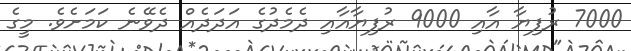
7000 ރުފިޔާ އާއި 9000 ރުފިޔާއާއި ދެމެދުގެ އަދަދެއް ދެވޭނެ ކަމަށެވެ. މީގެ